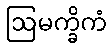
ဩမက္ခိကံ